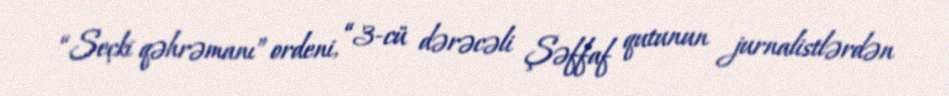
“Seçki qəhrəmanı” ordeni, “3-cü dərəcəli Şəffaf qutunun jurnalistlərdən